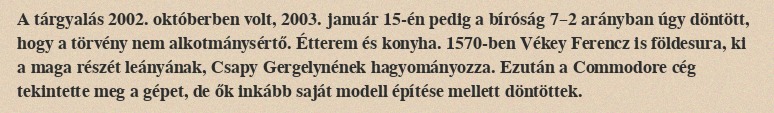
A tárgyalás 2002. októberben volt, 2003. január 15-én pedig a bíróság 7–2 arányban úgy döntött, hogy a törvény nem alkotmánysértő. Étterem és konyha. 1570-ben Vékey Ferencz is földesura, ki a maga részét leányának, Csapy Gergelynének hagyományozza. Ezután a Commodore cég tekintette meg a gépet, de ők inkább saját modell építése mellett döntöttek.